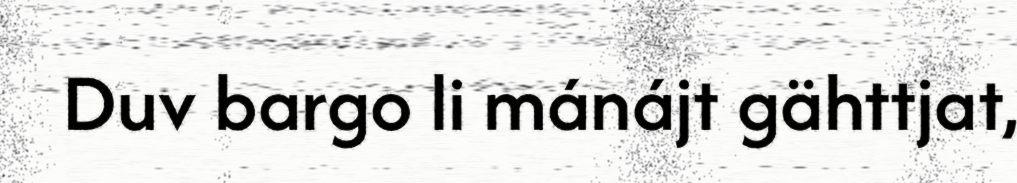
Duv bargo li mánájt gähttjat,